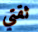
ثقتي